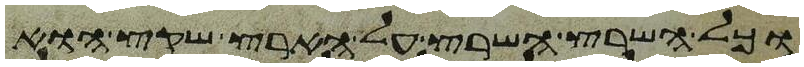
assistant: וכל השרץ השרץ על הארץ שקץ הוא